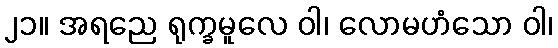
၂၁။ အရညေ ရုက္ခမူလေ ဝါ၊ လောမဟံသော ဝါ၊